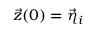
\vec { z } ( 0 ) = \vec { \eta } _ { i }